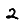
Digit: 2